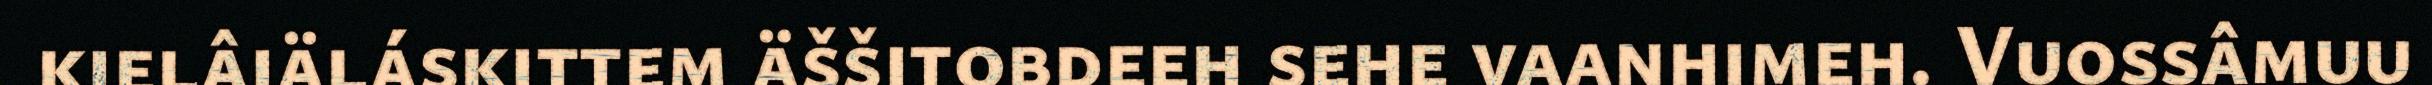
kielâiäláskittem äššitobdeeh sehe vaanhimeh. Vuossâmuu